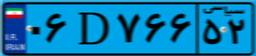
۴۶D۷۵۰۲۵